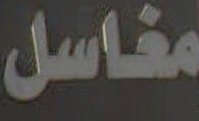
مغاسل